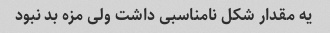
یه مقدار شکل نامناسبی داشت ولی مزه بد نبود